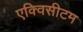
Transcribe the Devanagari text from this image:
एक्विसीटम